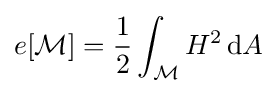
e[{\mathcal {M}}]={\frac {1}{2}}\int _{\mathcal {M}}H^{2}\,\mathrm {d} A